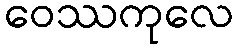
ဝေဿကုလေ